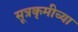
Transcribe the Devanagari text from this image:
सूत्रकृमीच्या